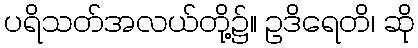
ပရိသတ်အလယ်တို့၌။ ဥဒိရေတိ၊ ဆို